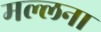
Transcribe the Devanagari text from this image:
मल्लना